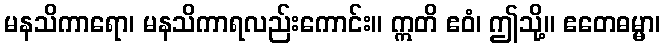
မနသိကာရော၊ မနသိကာရလည်းကောင်း။ ဣတိ ဧဝံ၊ ဤသို့။ ဧတေဓမ္မာ၊